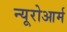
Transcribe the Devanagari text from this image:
न्यूरोआर्म